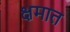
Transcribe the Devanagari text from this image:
क्षमात